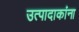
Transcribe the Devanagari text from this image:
उत्पादाकांना